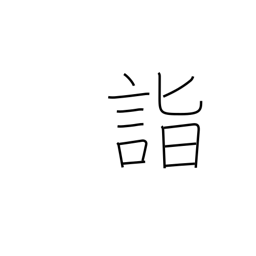
Meaning: attain